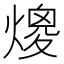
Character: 𤎑